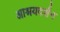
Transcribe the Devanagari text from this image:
आश्रयदर्शन